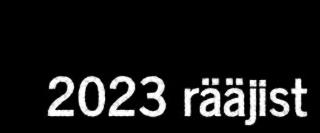
2023 rääjist